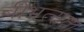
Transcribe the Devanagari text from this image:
बीभत्सता